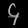
Digit: ၄